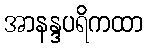
အာနန္ဒပရိကထာ